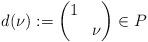
LaTeX: \begin{align*} d(\nu) := \begin{pmatrix} 1 & \\ & \nu \end{pmatrix} \in P\end{align*}